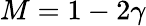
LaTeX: M=1-2\gamma